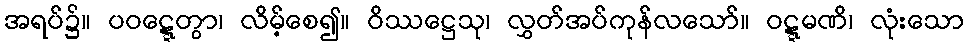
အရပ်၌။ ပဝဋ္ဋေတွာ၊ လိမ့်စေ၍။ ဝိဿဋ္ဌေသု၊ လွှတ်အပ်ကုန်လသော်။ ဝဋ္ဋမဏိ၊ လုံးသော